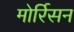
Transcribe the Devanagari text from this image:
मोर्रिसन